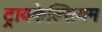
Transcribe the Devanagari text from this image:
ट्रायकेल्सियम